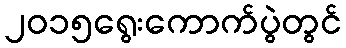
၂၀၁၅ရွေးကောက်ပွဲတွင်